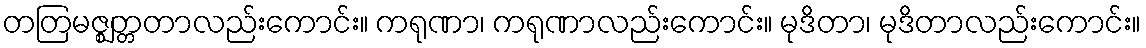
တတြမဇ္ဈတ္တတာလည်းကောင်း။ ကရုဏာ၊ ကရုဏာလည်းကောင်း။ မုဒိတာ၊ မုဒိတာလည်းကောင်း။